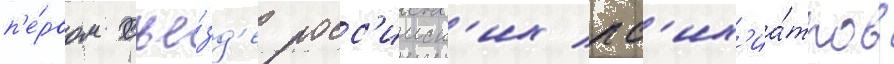
п'е́рвом съе́зд'е росс'ииск'их пс'их'иа́тров